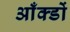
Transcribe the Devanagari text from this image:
आँक्डों